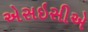
એસઇસીએ